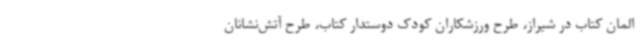
المان کتاب در شیراز، طرح ورزشکاران کودک دوستدار کتاب، طرح آتش‌نشانان